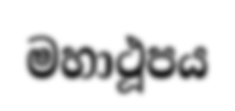
මහාථූපය